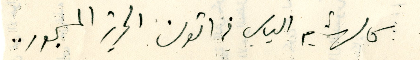
كالهشيم اليابس في اتون الحرية المسجور ..